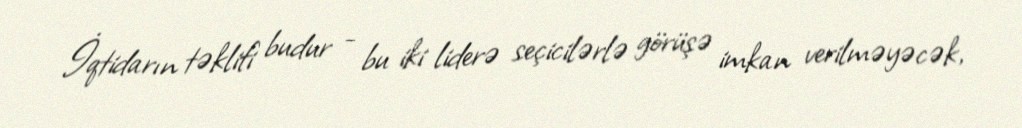
İqtidarın təklifi budur - bu iki liderə seçicilərlə görüşə imkan verilməyəcək,